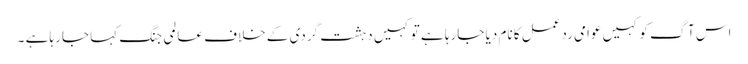
اس آگ کو کہیں عوامی ردعمل کا نام دیا جارہا ہے تو کہیں دہشت گردی کے خلاف عالمی جنگ کہا جارہا ہے ۔